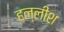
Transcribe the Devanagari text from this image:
हल्लीश